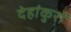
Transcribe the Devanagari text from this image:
देहांकुरों